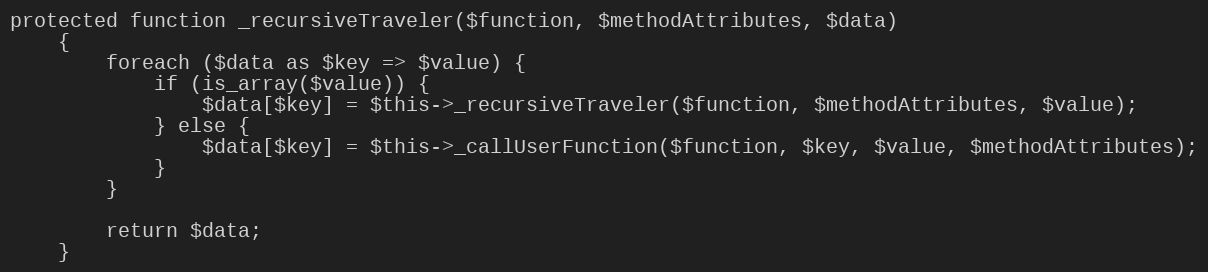
Language: PHP
protected function _recursiveTraveler($function, $methodAttributes, $data)
    {
        foreach ($data as $key => $value) {
            if (is_array($value)) {
                $data[$key] = $this->_recursiveTraveler($function, $methodAttributes, $value);
            } else {
                $data[$key] = $this->_callUserFunction($function, $key, $value, $methodAttributes);
            }
        }

        return $data;
    }